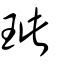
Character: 玼